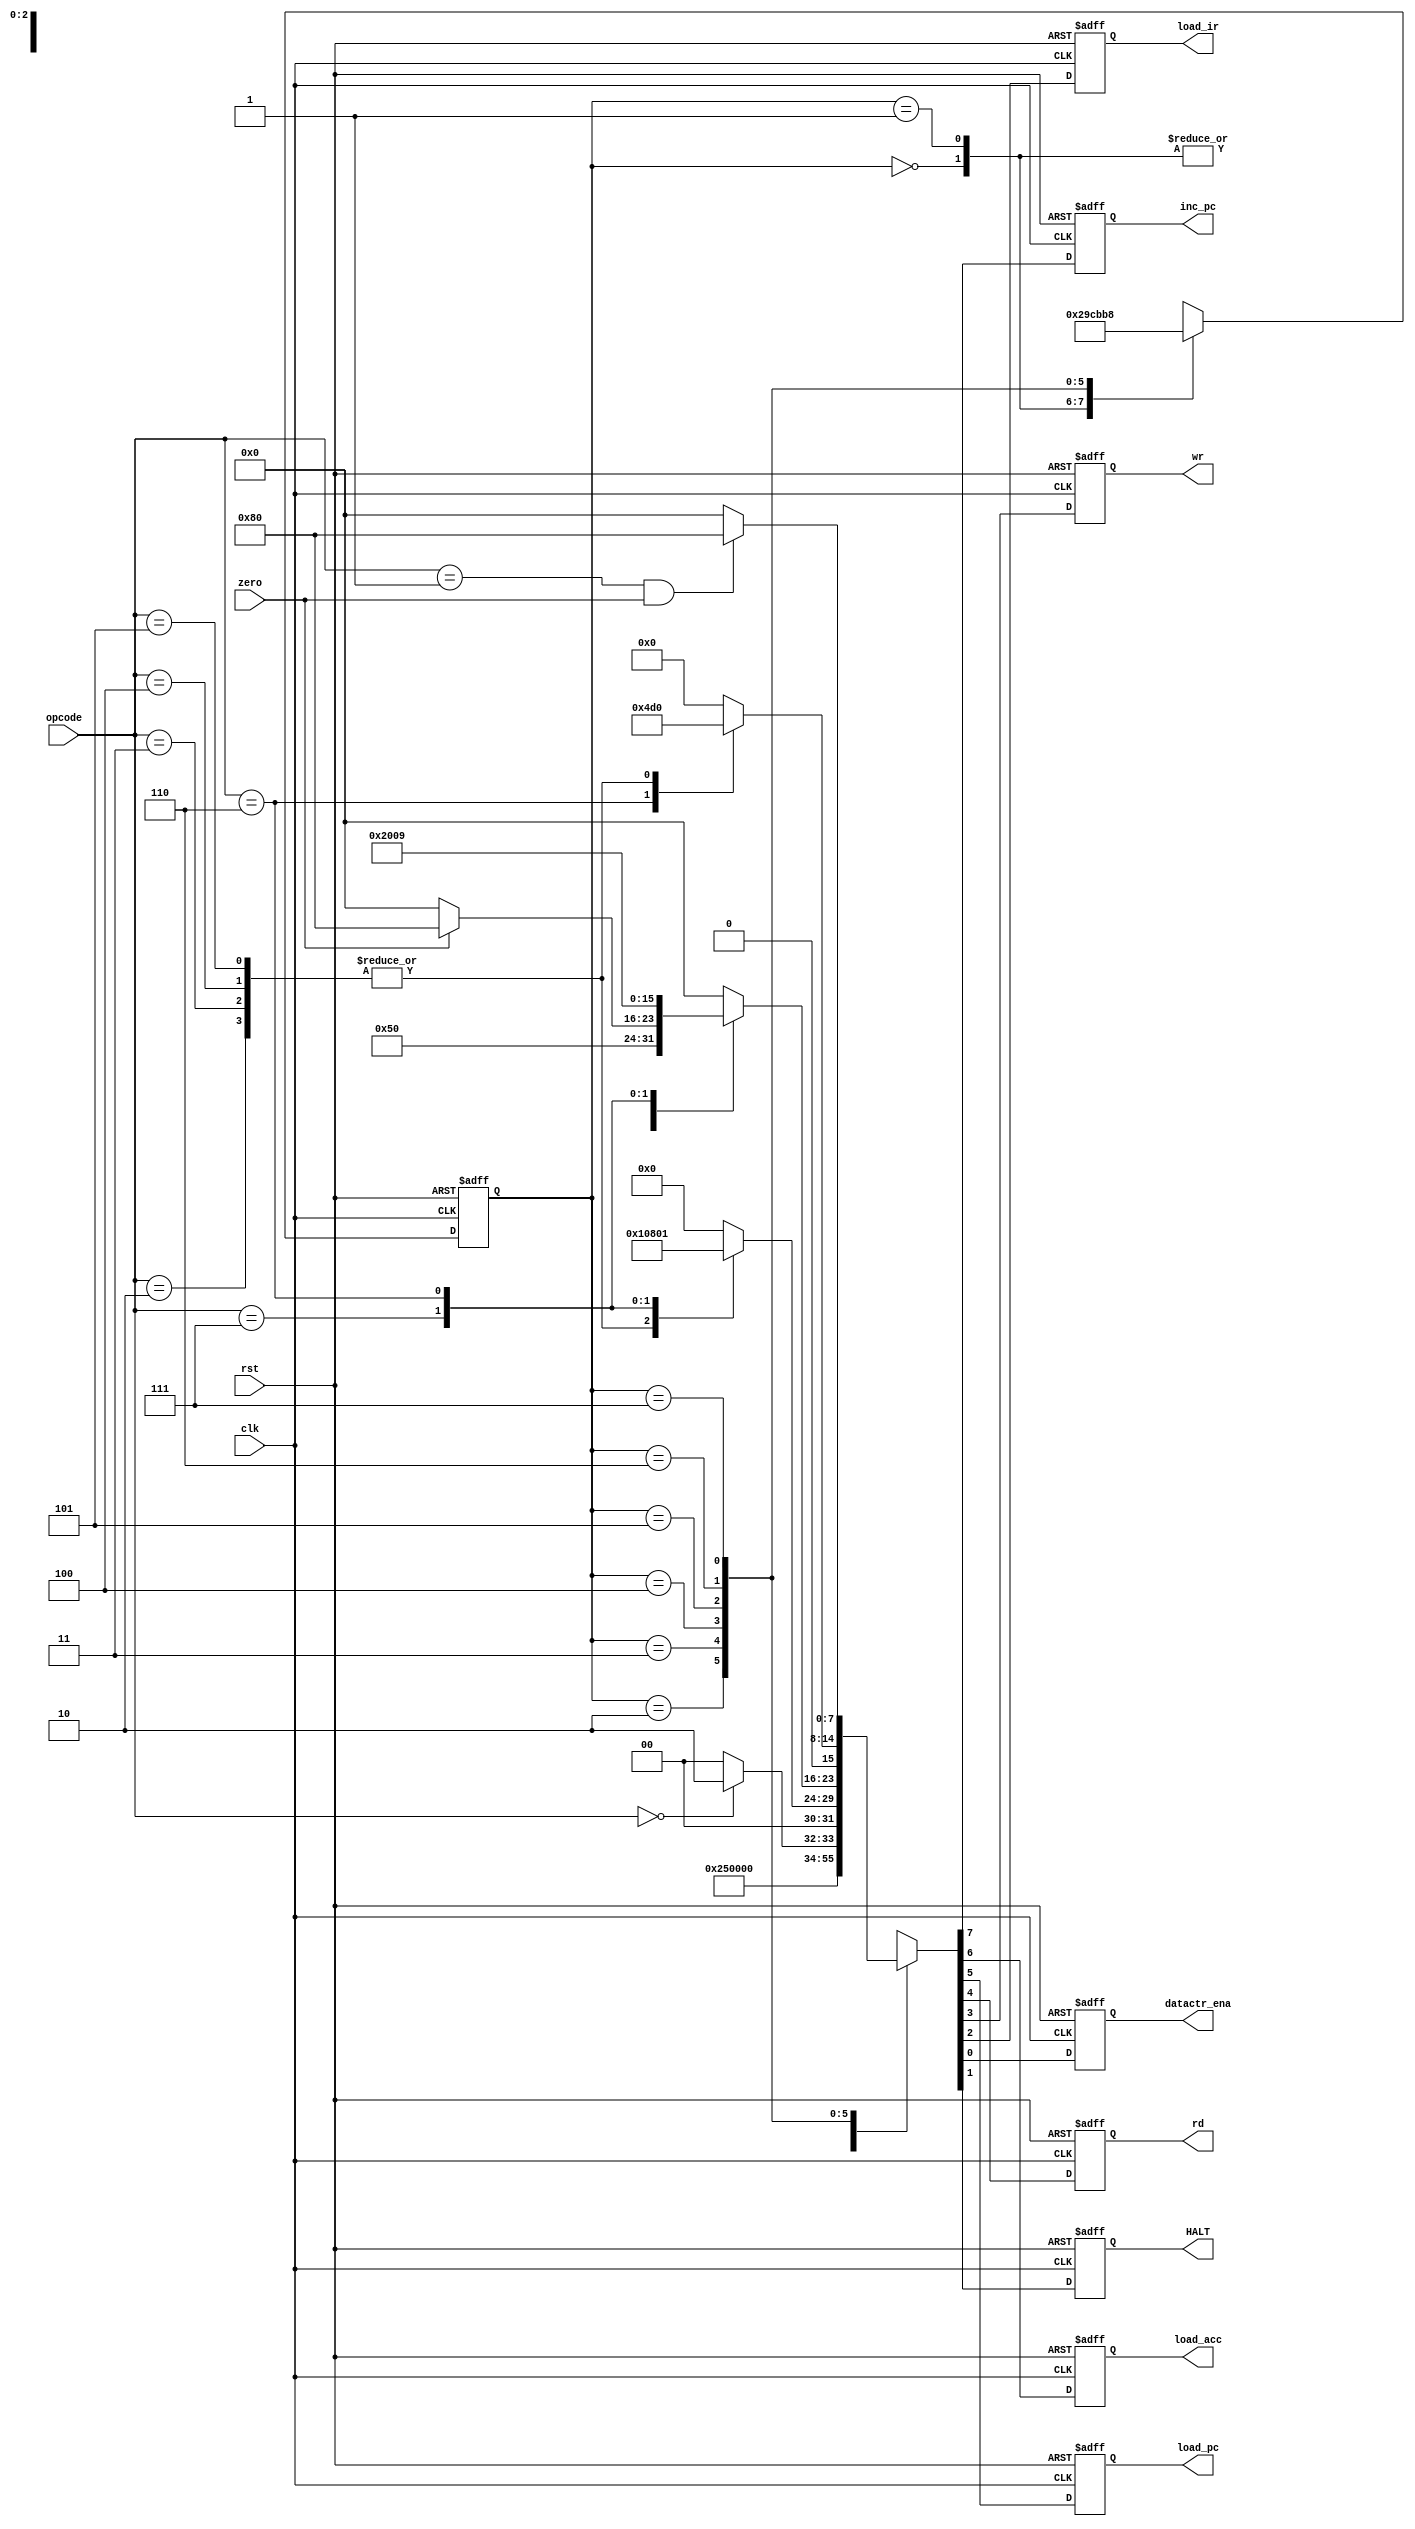
module controller(
	clk,
	rst,
	inc_pc,
	load_acc,
	load_pc,
	rd,
	wr,
	load_ir,
	datactr_ena,
	HALT,
	zero,
	opcode
);

input clk,rst,zero;
input [2:0] opcode;
output reg inc_pc,load_acc,load_pc,rd,wr;
output reg load_ir,datactr_ena,HALT;
reg [2:0]state;

parameter 
	HLT = 3'b000,
	SKZ = 3'b001,
	ADD = 3'b010,
	AND = 3'b011,
	XOR = 3'b100,
	LDA = 3'b101,
	STO = 3'b110,
	JMP = 3'b111
;

initial state <= 0;

always @(posedge clk or negedge rst)begin
	if(!rst)begin
		state <= 3'b000;
		{inc_pc,load_acc,load_pc,rd, wr,load_ir,HALT,datactr_ena} <=8'h00;
	end
	else
		controller_cycle;
end

//
task controller_cycle; begin
	case (state)
	
//0
//inc_pc,rd,load_ir
//rom
//8
	3'b000:begin
		{inc_pc,load_acc,load_pc,rd, wr,load_ir,HALT,datactr_ena} 
			<=8'b10010100; 
		state <= 3'b001;
	end
	
//1
//0
//inc_pc,rd,load_ir
//rom
//8
	3'b001:begin
		{inc_pc,load_acc,load_pc,rd, wr,load_ir,HALT,datactr_ena} 
			<=8'b1001_0100;
		state <= 3'b010;
	end
	
//2
//
	3'b010:begin
		{inc_pc,load_acc,load_pc,rd, wr,load_ir,HALT,datactr_ena} 
			<=8'b0000_0000;
		state <= 3'b011;
	end
	
//3 HALThalt1
	3'b011:begin
		if(opcode == HLT)
			{inc_pc,load_acc,load_pc,rd, wr,load_ir,HALT,datactr_ena} 
				<=8'b0000_0010;
		else
			{inc_pc,load_acc,load_pc,rd, wr,load_ir,HALT,datactr_ena} 
				<=8'b0000_0000;
		state <= 3'b100;
	end

//4
//operator rd=1
//JMP load_pc=1
//STO datactr_ena=1
	3'b100:begin
	
		case (opcode)
			AND:{inc_pc,load_acc,load_pc,rd, wr,load_ir,HALT,datactr_ena} 
				<=8'b0001_0000;
			ADD:{inc_pc,load_acc,load_pc,rd, wr,load_ir,HALT,datactr_ena} 
				<=8'b0001_0000;
			XOR:{inc_pc,load_acc,load_pc,rd, wr,load_ir,HALT,datactr_ena} 
				<=8'b0001_0000;
			LDA:{inc_pc,load_acc,load_pc,rd, wr,load_ir,HALT,datactr_ena} 
				<=8'b0001_0000;
			JMP:{inc_pc,load_acc,load_pc,rd, wr,load_ir,HALT,datactr_ena} 
				<=8'b0010_0000;
			STO:{inc_pc,load_acc,load_pc,rd, wr,load_ir,HALT,datactr_ena} 
				<=8'b0000_0001;
		default: {inc_pc,load_acc,load_pc,rd, wr,load_ir,HALT,datactr_ena} 
						<=8'b0000_0000;
		endcase
		
		state <= 3'b101;
	end

//5	
//operator: rd=1 load_acc=1
//skz: if zero inc_pc=1
//jmp: load_pc=1
//sto: wr=1, datactr_ena=1
	3'b101:begin
		case (opcode)
			AND:{inc_pc,load_acc,load_pc,rd, wr,load_ir,HALT,datactr_ena} 
				<=8'b0101_0000;
			ADD:{inc_pc,load_acc,load_pc,rd, wr,load_ir,HALT,datactr_ena} 
				<=8'b0101_0000;
			XOR:{inc_pc,load_acc,load_pc,rd, wr,load_ir,HALT,datactr_ena} 
				<=8'b0101_0000;
			LDA:{inc_pc,load_acc,load_pc,rd, wr,load_ir,HALT,datactr_ena} 
				<=8'b0101_0000;
			SKZ:if(zero)
					{inc_pc,load_acc,load_pc,rd, wr,load_ir,HALT,datactr_ena} 
						<=8'b1000_0000;
				else 
					{inc_pc,load_acc,load_pc,rd, wr,load_ir,HALT,datactr_ena} 
						<=8'b0000_0000;
			JMP:{inc_pc,load_acc,load_pc,rd, wr,load_ir,HALT,datactr_ena} 
					<=8'b0010_0000;
			STO:{inc_pc,load_acc,load_pc,rd, wr,load_ir,HALT,datactr_ena}
					<=8'b0000_1001;
			default: {inc_pc,load_acc,load_pc,rd, wr,load_ir,HALT,datactr_ena} 
						<=8'b0000_0000;
		endcase
		state <= 3'b110;
	end
	
//6
//
//sto wr=1,datactr_ena=1
//operator rd=1
	3'b110:begin
		case(opcode)
			STO:{inc_pc,load_acc,load_pc,rd, wr,load_ir,HALT,datactr_ena} 
						<=8'b0000_1001;
			ADD:{inc_pc,load_acc,load_pc,rd, wr,load_ir,HALT,datactr_ena} 
						<=8'b0101_0000;
			AND:{inc_pc,load_acc,load_pc,rd, wr,load_ir,HALT,datactr_ena} 
						<=8'b0101_0000;
			XOR:{inc_pc,load_acc,load_pc,rd, wr,load_ir,HALT,datactr_ena} 
						<=8'b0101_0000;
			LDA:{inc_pc,load_acc,load_pc,rd, wr,load_ir,HALT,datactr_ena} 
						<=8'b0101_0000;
			default: {inc_pc,load_acc,load_pc,rd, wr,load_ir,HALT,datactr_ena} 
						<=8'b0000_0000;
		endcase
		state <= 3'b111;
	end
	
//7	
//skz && zero inc_pc=1
	3'b111:begin
		if(opcode == SKZ && zero)
			{inc_pc,load_acc,load_pc,rd, wr,load_ir,HALT,datactr_ena} 
					<=8'b1000_0000;
		else {inc_pc,load_acc,load_pc,rd, wr,load_ir,HALT,datactr_ena} 
					<=8'b0000_0000;
		state <= 3'b000;
	end
	endcase
end
endtask


endmodule